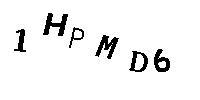
1HPMD6